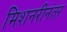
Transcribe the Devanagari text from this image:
मिशनरीनंतर